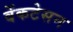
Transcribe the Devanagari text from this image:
वेंकटेसन